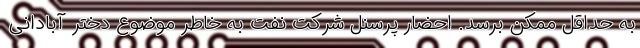
به حداقل ممکن برسد. احضار پرسنل شرکت نفت به خاطر موضوع دختر آبادانی